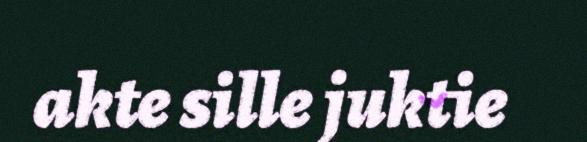
akte sille juktie